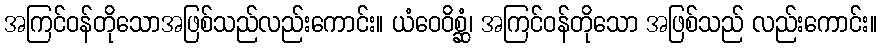
အကြင်ဝန်တိုသောအဖြစ်သည်လည်းကောင်း။ ယံဝေဝိစ္ဆံ၊ အကြင်ဝန်တိုသော အဖြစ်သည် လည်းကောင်း။